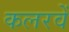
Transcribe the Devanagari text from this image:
कलरवें